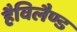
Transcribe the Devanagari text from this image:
हैविलैण्ड